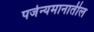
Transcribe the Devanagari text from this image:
पर्जन्यमानातील